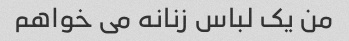
من یک لباس زنانه می خواهم